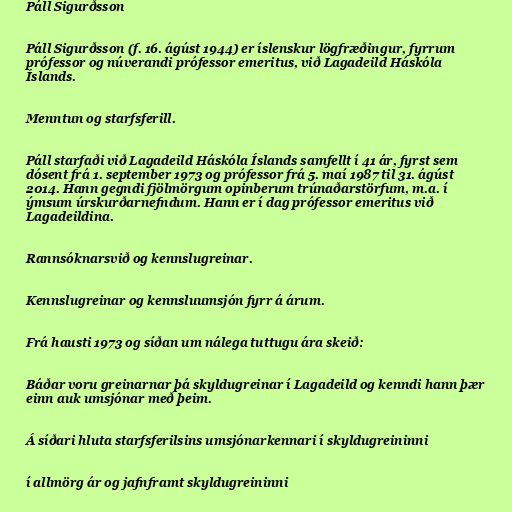
Páll Sigurðsson

Páll Sigurðsson (f. 16. ágúst 1944) er íslenskur lögfræðingur, fyrrum
prófessor og núverandi prófessor emeritus, við Lagadeild Háskóla
Íslands.

Menntun og starfsferill.

Páll starfaði við Lagadeild Háskóla Íslands samfellt í 41 ár, fyrst sem
dósent frá 1. september 1973 og prófessor frá 5. maí 1987 til 31. ágúst
2014. Hann gegndi fjölmörgum opinberum trúnaðarstörfum, m.a. í
ýmsum úrskurðarnefndum. Hann er í dag prófessor emeritus við
Lagadeildina.

Rannsóknarsvið og kennslugreinar.

Kennslugreinar og kennsluumsjón fyrr á árum.

Frá hausti 1973 og síðan um nálega tuttugu ára skeið:

Báðar voru greinarnar þá skyldugreinar í Lagadeild og kenndi hann þær
einn auk umsjónar með þeim.

Á síðari hluta starfsferilsins umsjónarkennari í skyldugreininni

í allmörg ár og jafnframt skyldugreininni